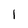
Character: 1